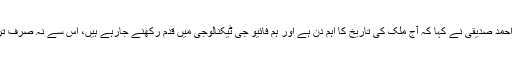
تقریب سے خطاب کرتے ہوئے سیکرٹری انفارمیشن ٹیکنالوجی شعیب احمد صدیقی نے کہا کہ آج ملک کی تاریخ کا اہم دن ہے اور ہم فائیو جی ٹیکنالوجی میں قدم رکھنے جارہے ہیں، اس سے نہ صرف ترقی کی نئی راہیں کھلیں گی بلکہ روزگار کے مزید مواقع پیدا ہوں گے۔